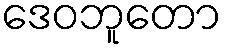
ဒေဝဘူတော